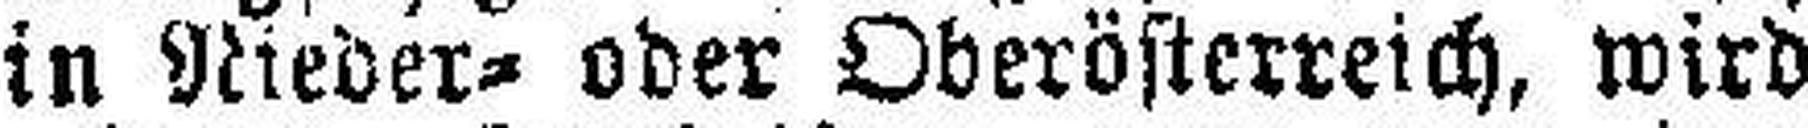
in Nieder= oder Oberösterreich, wird